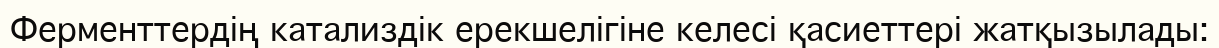
Ферменттердің катализдік ерекшелігіне келесі қасиеттері жатқызылады: